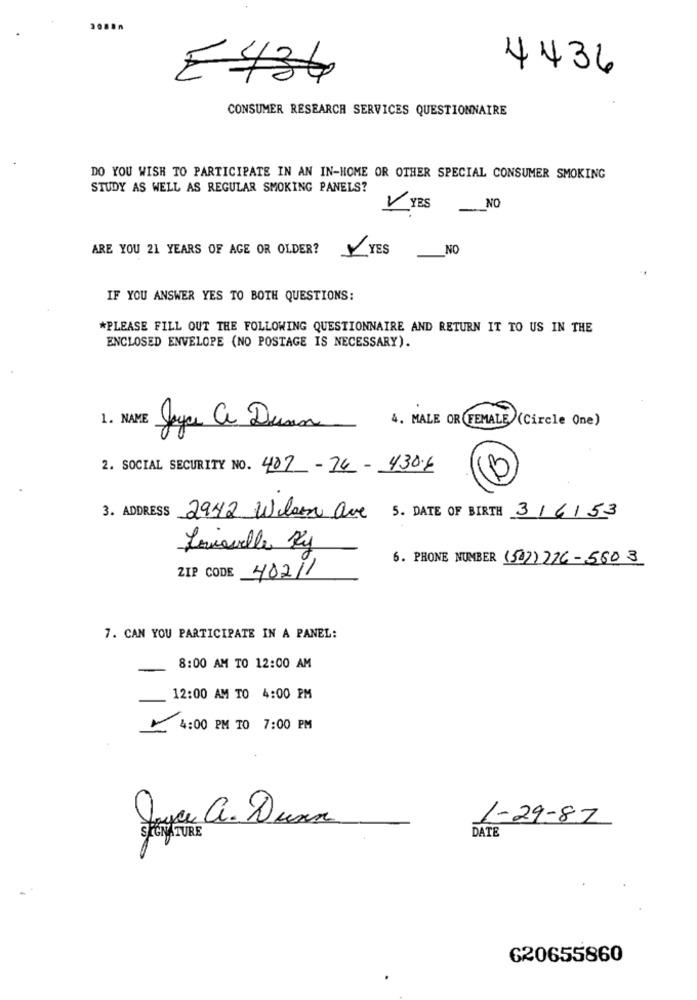
4436
E436
CONSUMER RESEARCH SERVICES QUESTIONNAIRE
DO YOU WISH TO PARTICIPATE IN AN IN-HOME OR OTHER SPECIAL CONSUMER SMOKING
STUDY AS WELL AS REGULAR SMOKING PANELS?
1 YES NO
ARE YOU 21 YEARS OF AGE OR OLDER?
YES
NO
IF YOU ANSWER YES TO BOTH QUESTIONS:
*PLEASE FILL OUT THE FOLLOWING QUESTIONNAIRE AND RETURN IT TO US IN THE
ENCLOSED ENVELOPE (NO POSTAGE IS NECESSARY).
1. NAME
4. MALE OR FEMALE (Circle One)
Joyce a Duan
2. SOCIAL SECURITY NO. 407-74- 4308
3. ADDRESS 2942 Wiesen ave 5. DATE OF BIRTH 316153
Louisville Ky
6. PHONE NUMBER (50))276-5803
ZIP CODE 48211
7. CAN YOU PARTICIPATE IN A PANEL:
8:00 AM TO 12:00 AM
12:00 AM TO 4:00 PM
4:00 PM TO 7:00 PM
Jag a. Duxa
1-29-87
SIGNATURE
DATE
620655860